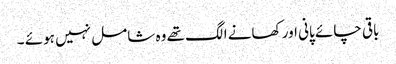
باقی چائے پانی اور کھانے الگ تھے وہ شامل نہیں ہوئے ۔